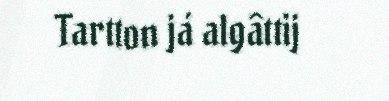
Tartton já algâttij